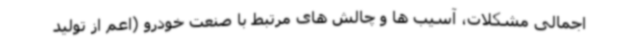
اجمالی مشکلات، آسیب ها و چالش های مرتبط با صنعت خودرو (اعم از تولید